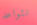
نتواعد